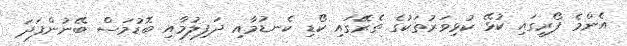
އެންމެ ފޯރީގައި ކުޅޭ ކުޅިވަރުތަކުގެ ތެރޭގައި ކޯޑި ކެނޑުމާއި ދަފިލުމާއި ބޮޑުމަސް ބޭނުންފަދަ